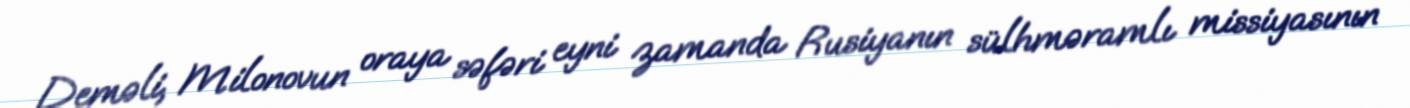
Deməli, Milonovun oraya səfəri eyni zamanda Rusiyanın sülhməramlı missiyasının